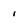
Character: i